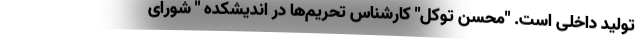
تولید داخلی است. "محسن توکل" کارشناس تحریم‌ها در اندیشکده " شورای